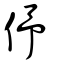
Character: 伃